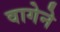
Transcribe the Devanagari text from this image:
वागेने